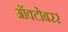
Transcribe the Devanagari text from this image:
ऑक्टोबरर